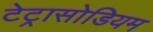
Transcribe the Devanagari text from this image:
टेट्रासोडियम